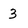
Character: 3